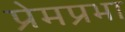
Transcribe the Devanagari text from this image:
प्रेमप्रभा